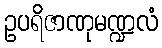
ဥပရိဇာဏုမဏ္ဍလံ